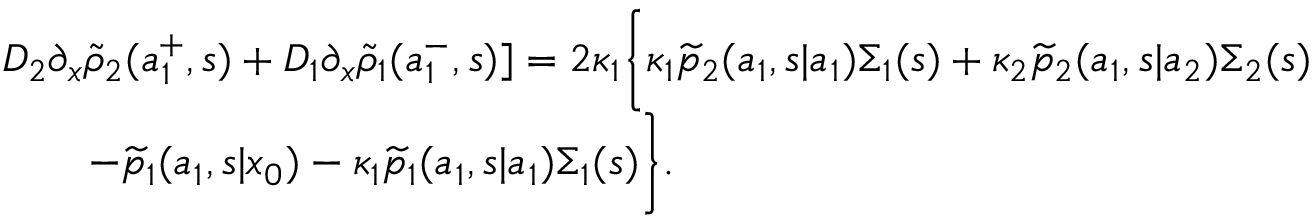
\begin{array} { r l } & { D _ { 2 } \partial _ { x } \widetilde { \rho } _ { 2 } ( a _ { 1 } ^ { + } , s ) + D _ { 1 } \partial _ { x } \widetilde { \rho } _ { 1 } ( a _ { 1 } ^ { - } , s ) ] = 2 \kappa _ { 1 } \bigg \{ \kappa _ { 1 } \widetilde { p } _ { 2 } ( a _ { 1 } , s | a _ { 1 } ) \Sigma _ { 1 } ( s ) + \kappa _ { 2 } \widetilde { p } _ { 2 } ( a _ { 1 } , s | a _ { 2 } ) \Sigma _ { 2 } ( s ) } \\ & { \qquad - \widetilde { p } _ { 1 } ( a _ { 1 } , s | x _ { 0 } ) - \kappa _ { 1 } \widetilde { p } _ { 1 } ( a _ { 1 } , s | a _ { 1 } ) \Sigma _ { 1 } ( s ) \bigg \} . } \end{array}